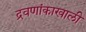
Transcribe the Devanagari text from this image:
द्रवणांकाखाली